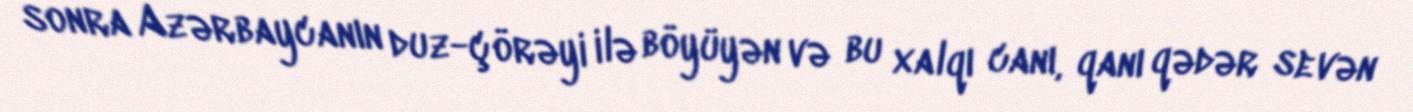
sonra Azərbaycanın duz-çörəyi ilə böyüyən və bu xalqı canı, qanı qədər sevən